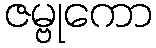
ဇမ္ဗုကော